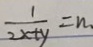
\frac { 1 } { 2 x + y } = n